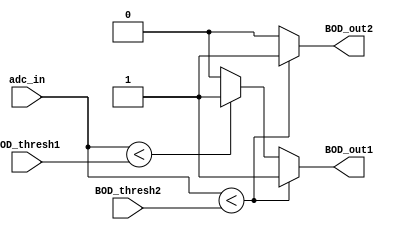
`timescale 1ns / 1ps
module BOD_Comparator(
    input [19:0] adc_in, BOD_thresh1,BOD_thresh2,
    output reg BOD_out1,
    output reg BOD_out2
    );
    always @(adc_in)
    begin
        if (adc_in<BOD_thresh2)
        begin
            BOD_out2<=1;
            BOD_out1<=1;
        end
        
        else if (adc_in<BOD_thresh1)
        begin
            BOD_out1<=1;
            BOD_out2<=0;
        end
        
        else
        begin
            BOD_out1<=0;
            BOD_out2<=0;
        end
    end    
endmodule